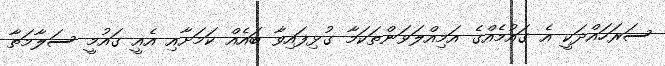
ސަރަހައްދަކީ އެ ގައުމެއްގެ އަމިއްލަވަންތަކަމާ ގުޅިފައިވާ ބައެއް ކަމަށާއި އެއީ ގައުުމީ ސަލާމަތާ